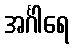
အင်္ဂါရေ